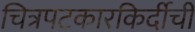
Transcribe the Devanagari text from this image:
चित्रपटकारकिर्दीची